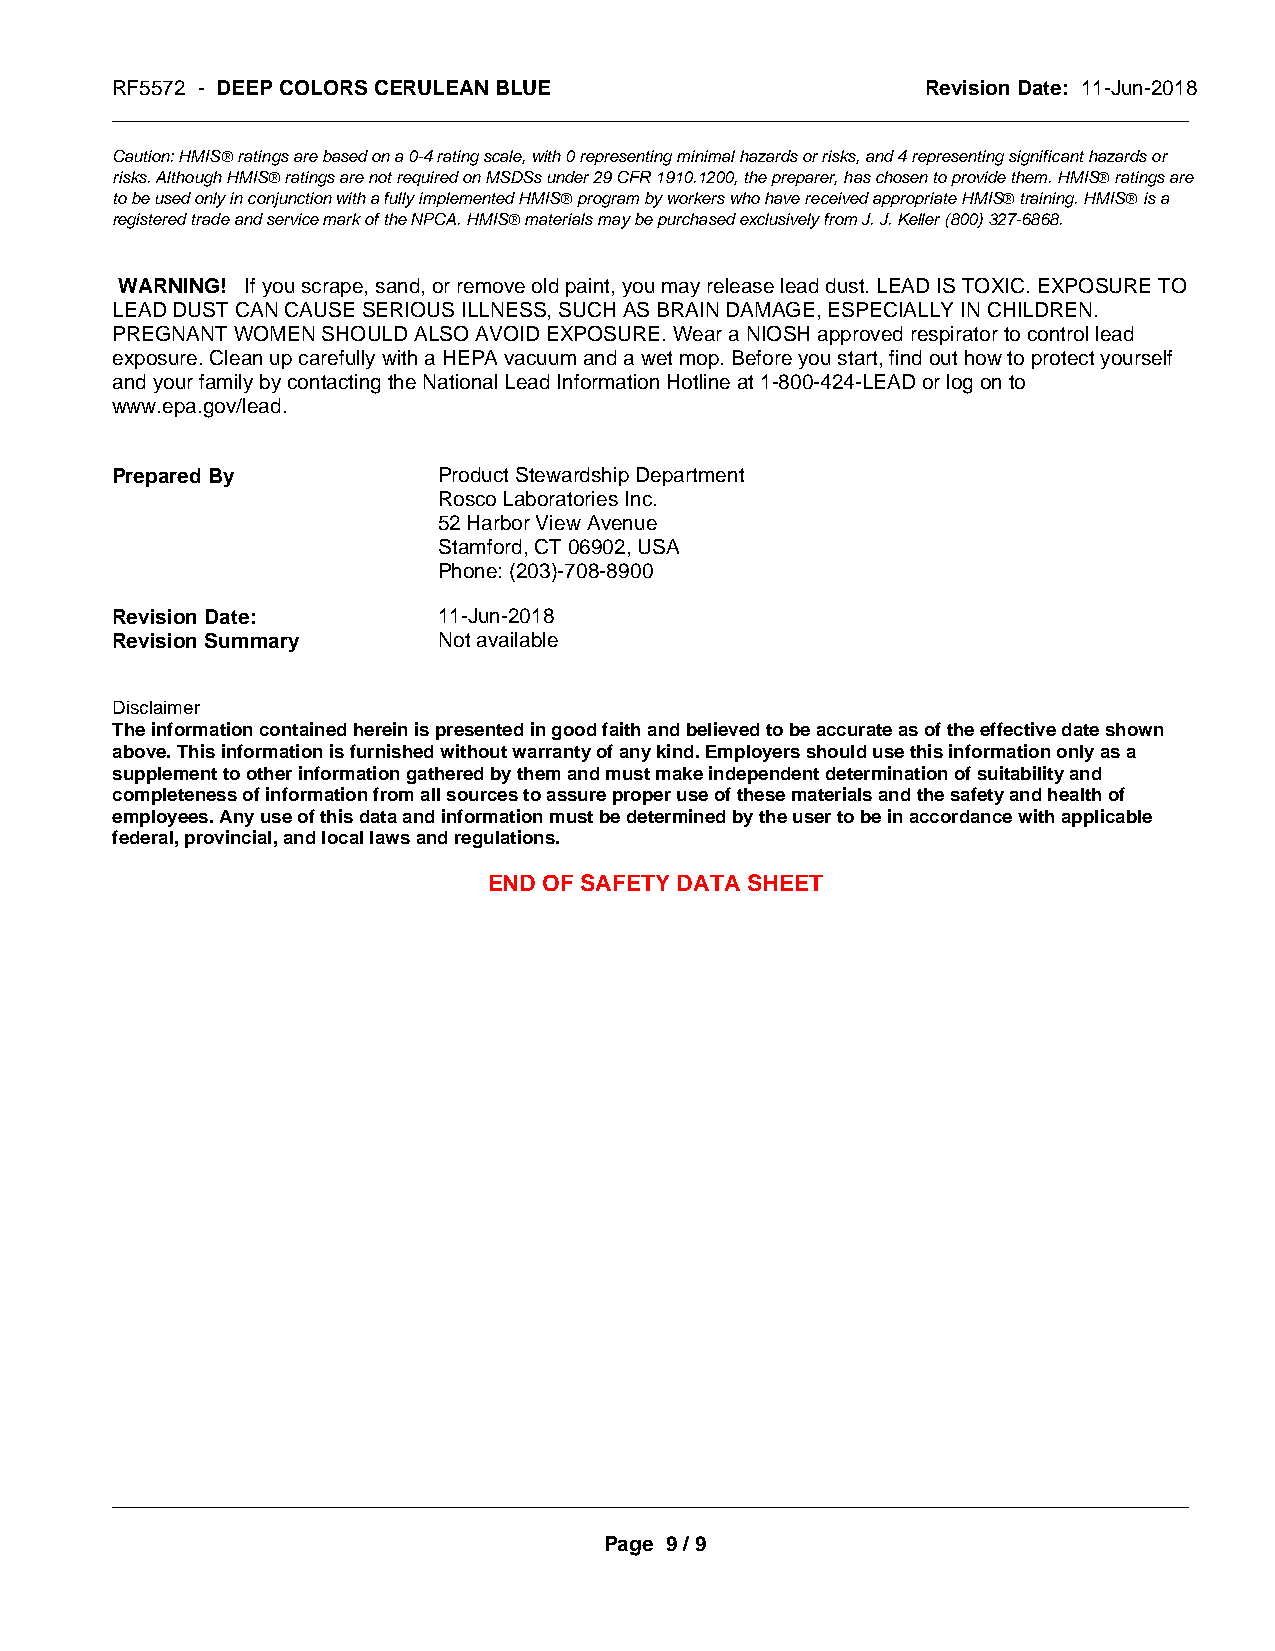
RF5572 - DEEP COLORS CERULEAN BLUE                    Revision Date: 11-Jun-2018
 _____________________________________________________________________________________________
 Caution: HMISÒ ratings are based on a 0-4 rating scale, with 0 representing minimal hazards or risks, and 4 representing significant hazards or
 risks. Although HMISÒ ratings are not required on MSDSs under 29 CFR 1910.1200, the preparer, has chosen to provide them. HMISÒ ratings are
 to be used only in conjunction with a fully implemented HMISÒ program by workers who have received appropriate HMISÒ training. HMISÒ is a
 registered trade and service mark of the NPCA. HMISÒ materials may be purchased exclusively from J. J. Keller (800) 327-6868.
 WARNING! If you scrape, sand, or remove old paint, you may release lead dust. LEAD IS TOXIC. EXPOSURE TO
 LEAD DUST CAN CAUSE SERIOUS ILLNESS, SUCH AS BRAIN DAMAGE, ESPECIALLY IN CHILDREN.
 PREGNANT WOMEN SHOULD ALSO AVOID EXPOSURE. Wear a NIOSH approved respirator to control lead
 exposure. Clean up carefully with a HEPA vacuum and a wet mop. Before you start, find out how to protect yourself
 and your family by contacting the National Lead Information Hotline at 1-800-424-LEAD or log on to
 www.epa.gov/lead.
 Prepared By           Product Stewardship Department
 Rosco Laboratories Inc.
 52 Harbor View Avenue
 Stamford, CT 06902, USA
 Phone: (203)-708-8900
 Revision Date:        11-Jun-2018
 Revision Summary      Not available
 Disclaimer
 The information contained herein is presented in good faith and believed to be accurate as of the effective date shown
 above. This information is furnished without warranty of any kind. Employers should use this information only as a
 supplement to other information gathered by them and must make independent determination of suitability and
 completeness of information from all sources to assure proper use of these materials and the safety and health of
 employees. Any use of this data and information must be determined by the user to be in accordance with applicable
 federal, provincial, and local laws and regulations.
 END OF SAFETY DATA SHEET
 _____________________________________________________________________________________________
 Page 9 / 9